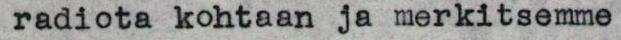
radiota kohtaan ja merkitsemme